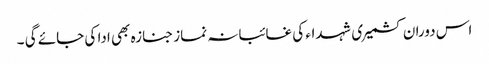
اس دوران کشمیری شہداء کی غائبانہ نماز جنازہ بھی ادا کی جائے گی ۔